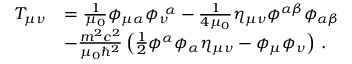
\begin{array} { r l } { T _ { \mu \nu } } & { = \frac { 1 } { \mu _ { 0 } } \phi _ { \mu \alpha } \phi _ { \nu } ^ { \ \alpha } - \frac { 1 } { 4 \mu _ { 0 } } \eta _ { \mu \nu } \phi ^ { \alpha \beta } \phi _ { \alpha \beta } } \\ & { - \frac { m ^ { 2 } c ^ { 2 } } { \mu _ { 0 } \hbar ^ { 2 } } \left( \frac { 1 } { 2 } \phi ^ { \alpha } \phi _ { \alpha } \eta _ { \mu \nu } - \phi _ { \mu } \phi _ { \nu } \right) \, . } \end{array}